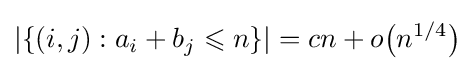
|\{(i,j):a_{i}+b_{j}\leqslant n\}|=cn+o{\big (}n^{1/4}{\big )}